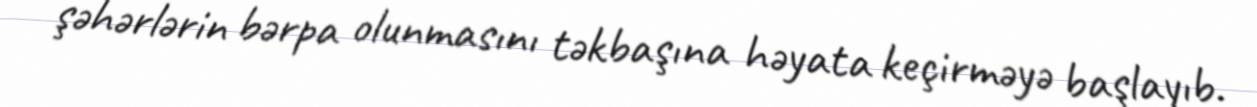
şəhərlərin bərpa olunmasını təkbaşına həyata keçirməyə başlayıb.